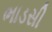
ભાડસી